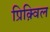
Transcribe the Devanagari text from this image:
प्रिक़्विल